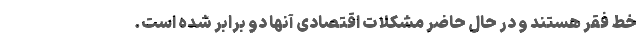
خط فقر هستند و در حال حاضر مشکلات اقتصادی آنها دو برابر شده است.